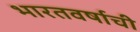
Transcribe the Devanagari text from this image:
भारतवर्षाची